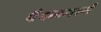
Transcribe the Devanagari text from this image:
पैदलमार्ग